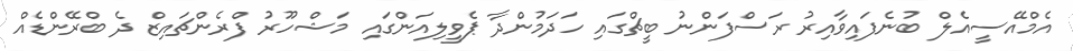
އެމްއޭސީއެލް ބުނެފައިވާއިރު ރަސްފަންނު ބީޗްގައި ހަދަމުންދާ ޕެވީލިއަންގައި މަޝްހޫރު ފްރެންޗައިޒް ދެ ބްރޭންޑެއް